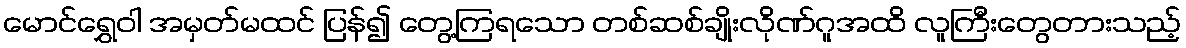
မောင်ရွှေဝါ အမှတ်မထင် ပြန်၍ တွေ့ကြရသော တစ်ဆစ်ချိုးလိုဏ်ဂူအထိ လူကြီးတွေတားသည့်